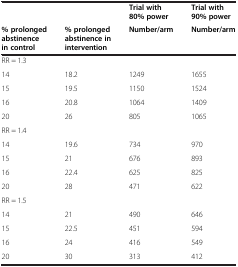
|  |  | Trial with 80% power | Trial with 90% power |
 | % prolonged abstinence in control | % prolonged abstinence in intervention | Number/arm | Number/arm |
 | --- | --- | --- | --- |
 | RR = 1.3 |  |  |  |
 | 14 | 18.2 | 1249 | 1655 |
 | 15 | 19.5 | 1150 | 1524 |
 | 16 | 20.8 | 1064 | 1409 |
 | 20 | 26 | 805 | 1065 |
 | RR = 1.4 |  |  |  |
 | 14 | 19.6 | 734 | 970 |
 | 15 | 21 | 676 | 893 |
 | 16 | 22.4 | 625 | 825 |
 | 20 | 28 | 471 | 622 |
 | RR = 1.5 |  |  |  |
 | 14 | 21 | 490 | 646 |
 | 15 | 22.5 | 451 | 594 |
 | 16 | 24 | 416 | 549 |
 | 20 | 30 | 313 | 412 |